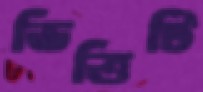
ভিত্তিটি